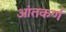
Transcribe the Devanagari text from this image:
आंतकर्ण